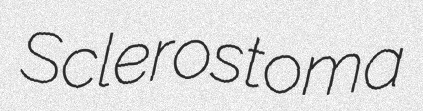
Sclerostoma